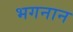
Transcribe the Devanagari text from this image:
भगनान